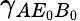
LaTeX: {{\gamma}_{A{{E}_{0}}{{B}_{0}}}}